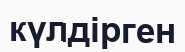
күлдірген